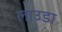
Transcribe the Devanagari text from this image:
लाउडा